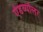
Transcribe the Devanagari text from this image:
ऐडव्योलर